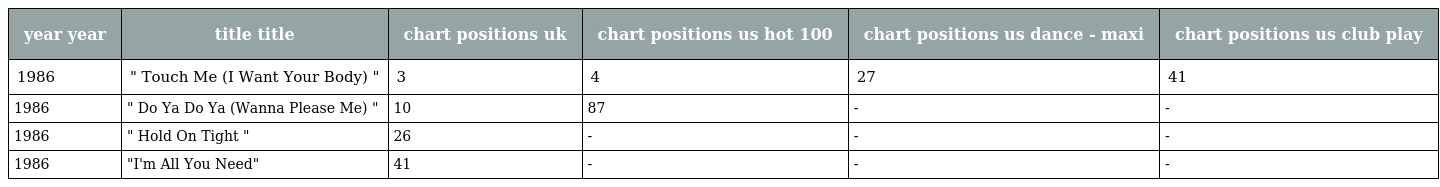
| year year | title title | chart positions uk | chart positions us hot 100 | chart positions us dance - maxi | chart positions us club play |
 | --- | --- | --- | --- | --- | --- |
 | 1986 | " Touch Me (I Want Your Body) " | 3 | 4 | 27 | 41 |
 | 1986 | " Do Ya Do Ya (Wanna Please Me) " | 10 | 87 | - | - |
 | 1986 | " Hold On Tight " | 26 | - | - | - |
 | 1986 | "I'm All You Need" | 41 | - | - | - |